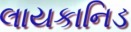
લાયકાનિડ